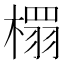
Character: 𮲹